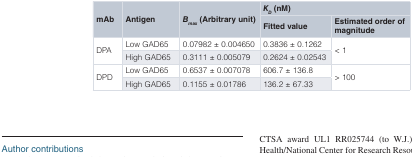
<table><thead><tr><td rowspan="2"><b>mAb</b></td><td rowspan="2"><b>Antigen</b></td><td rowspan="2"><b><i>B<sub>max</sub></i> (Arbitrary unit)</b></td><td colspan="2"><b><i>K<sub>D</sub></i> (nM)</b></td></tr><tr><td><b>Fitted value</b></td><td><b>Estimated order ofmagnitude</b></td></tr></thead><tbody><tr><td rowspan="2">DPA</td><td>Low GAD65</td><td>0.07982 ± 0.004650</td><td>0.3836 ± 0.1262</td><td rowspan="2">&lt; 1</td></tr><tr><td>High GAD65</td><td>0.3111 ± 0.005079</td><td>0.2624 ± 0.02543</td></tr><tr><td rowspan="2">DPD</td><td>Low GAD65</td><td>0.6537 ± 0.007078</td><td>606.7 ± 136.8</td><td rowspan="2">&gt; 100</td></tr><tr><td>High GAD65</td><td>0.1155 ± 0.01786</td><td>136.2 ± 67.33</td></tr></tbody></table>